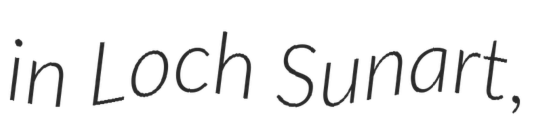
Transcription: in Loch Sunart,